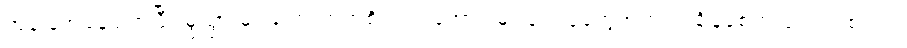
အခြေအနေပျက်ပြီး မွဲသွားမှာ ကြောက်တဲ့စိတ်က အောင်မြင်ချင်သူတွေအတွက် ချိနဲ့စေတဲ့ ဗိုင်းရပ်စ်ပါပဲ။